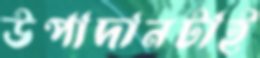
উপাদানটাই